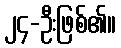
၂၄-ဦးဖြစ်၏။